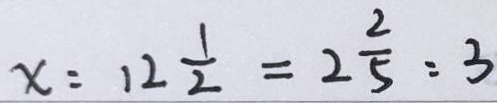
x : 1 2 \frac { 1 } { 2 } = 2 \frac { 2 } { 5 } : 3